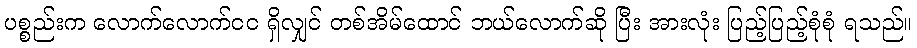
ပစ္စည်းက လောက်လောက်ငင ရှိလျှင် တစ်အိမ်ထောင် ဘယ်လောက်ဆို ပြီး အားလုံး ပြည့်ပြည့်စုံစုံ ရသည်။